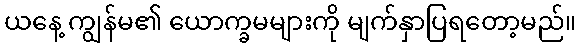
ယနေ့ ကျွန်မ၏ ယောက္ခမများကို မျက်နှာပြရတော့မည်။